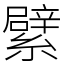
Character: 繴